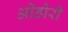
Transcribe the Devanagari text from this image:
ओडोरी